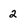
Character: 2